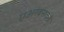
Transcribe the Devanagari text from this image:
एअरबसकडे